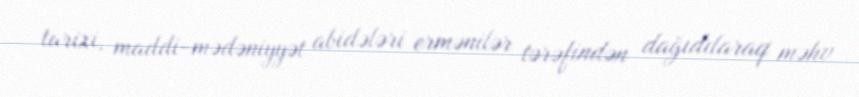
tarixi, maddi-mədəniyyət abidələri ermənilər tərəfindən dağıdılaraq məhv